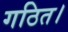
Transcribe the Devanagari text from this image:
गठित।